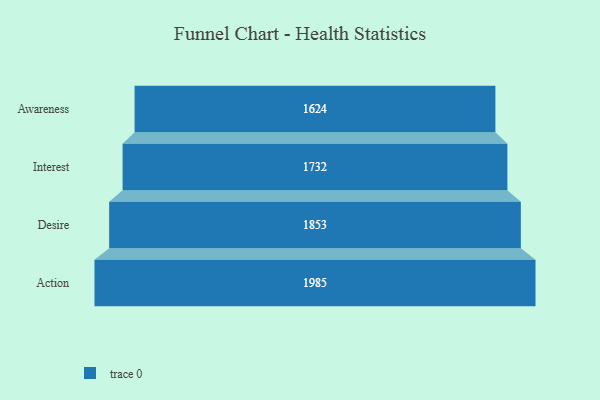
{"axis": {"x": "Stage", "y": "Value"}, "legend": [""], "data": [{"x": "Awareness", "y": 1624.0, "type": ""}, {"x": "Interest", "y": 1732.0, "type": ""}, {"x": "Desire", "y": 1853.0, "type": ""}, {"x": "Action", "y": 1985.0, "type": ""}]}